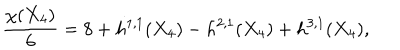
{ \frac { \chi ( X _ { 4 } ) } { 6 } } = 8 + h ^ { 1 , 1 } ( X _ { 4 } ) - h ^ { 2 , 1 } ( X _ { 4 } ) + h ^ { 3 , 1 } ( X _ { 4 } ) ,